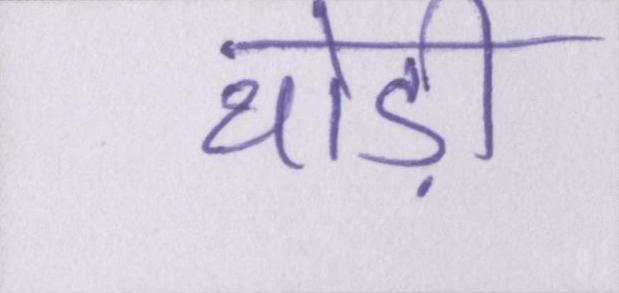
थोड़ी